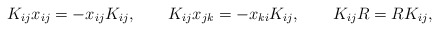
\begin{align*}K_{ij} x_{ij} = - x_{ij} K_{ij}, \qquad K_{ij} x_{jk} = - x_{ki} K_{ij},\qquad K_{ij} R = R K_{ij}, \end{align*}